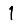
Digit: 1